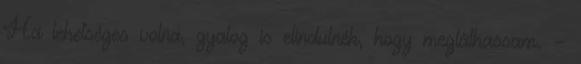
Ha lehetséges volna, gyalog is elindulnék, hogy megláthassam. –